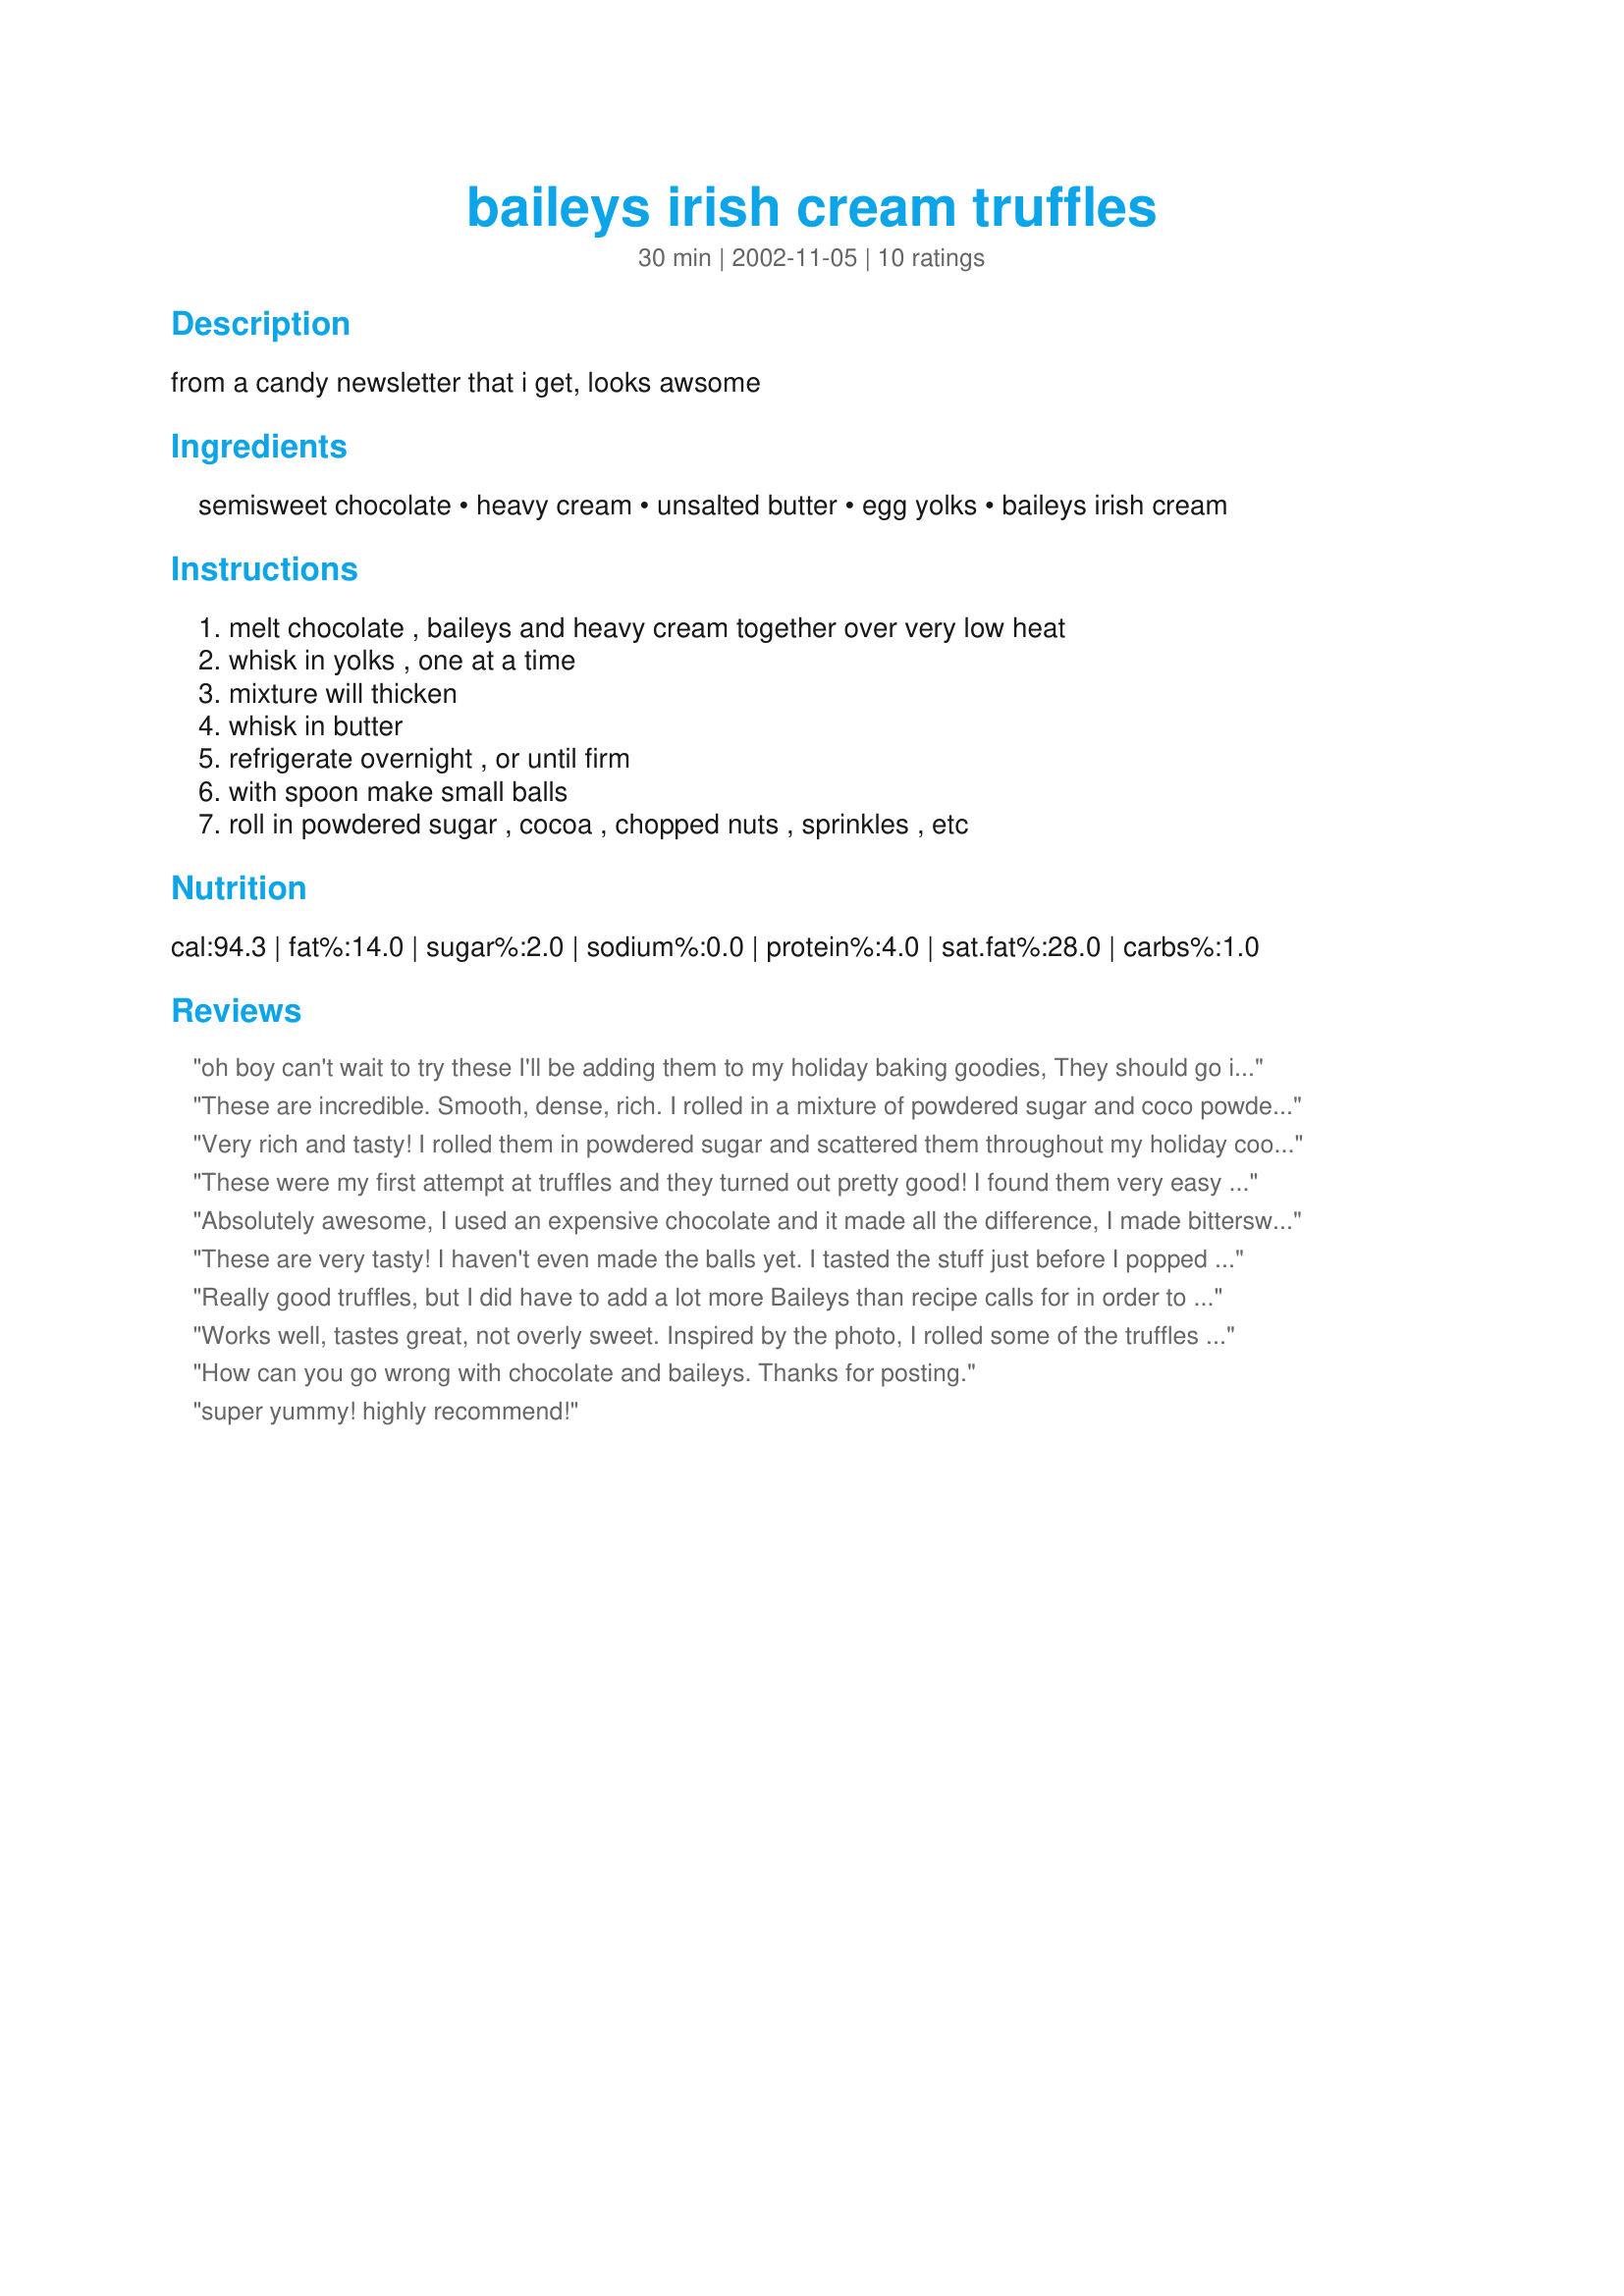
baileys irish cream truffles
Preparation time: 30 minutes

from a candy newsletter that i get, looks awsome

Ingredients:
semisweet chocolate, heavy cream, unsalted butter, egg yolks, baileys irish cream

Steps:
melt chocolate , baileys and heavy cream together over very low heat, whisk in yolks , one at a time, mixture will thicken, whisk in butter, refrigerate overnight , or until firm, with spoon make small balls, roll in powdered sugar , cocoa , chopped nuts , sprinkles , etc

Reviews:
oh boy can't wait to try these I'll be adding them to my holiday baking goodies, They should go in good with the new rum ball recipe I'm going to try!Thanks steve! Ok so for the update... what have you done to me? these r wonderful!! went great with the rum balls and now I have to make more for other ppl..lol thanks again!!
These are incredible. Smooth, dense, rich. I rolled in a mixture of powdered sugar and coco powder. Next time I&#039;ll make them marble sized. A whole big truffle can be too much.
Very rich and tasty! I rolled them in powdered sugar and scattered them throughout my holiday cookie tray. A very nice addition that I'll surely make again. Thanks for posting!
These were my first attempt at truffles and they turned out pretty good! I found them very easy to make I only wish the baileys flavor stood out a bit more. Other than that they were very good and I ended up rolling mine in powdered sugar and cocoa. I didn't wait very long before rolling them so they were semi melting in my hands before I was done, but it wasn't really a problem... I put them back in fridge after coated and I am just waiting til they harden up again to dig in... I did sneak one with powdered sugar though and it was yummy with such a nice rich soft inside! a little while later.... I have tried both varieties now and I have to say the cocoa ones are my favorites and the baileys seems to stand out a bit more in them too. SOOOOO yummy!
Absolutely awesome, I used an expensive chocolate and it made all the difference, I made bittersweet and white choc ones, and made choc moulds and put the truffle in them, the white ones were the best truffles I have ever made, thanks for the brilliant recipe.
These are very tasty! I haven't even made the balls yet. I tasted the stuff just before I popped the bowl in the fridge to set. I knew I'd love Bailey's in my truffles. =)
Really good truffles, but I did have to add a lot more Baileys than recipe calls for in order to taste it. These are great rolled in chopped nuts.
Works well, tastes great, not overly sweet. Inspired by the photo, I rolled some of the truffles in powdered sugar, some in cocoa powder, some raspberry cocoa mix and some in finely-chopped pistachios. The irish cream went well with all of those flavors.
How can you go wrong with chocolate and baileys. Thanks for posting.
super yummy! highly recommend!
